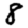
Digit: 8